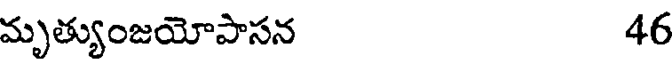
మృత్యుంజయోపాసన 46